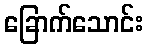
ခြောက်သောင်း